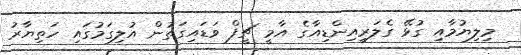
މިލިޔުމާއި ގުޅޭ ގެލަރީއިންޑިއާގެ އާމީ ޗީފް ވަޑައިގަތުން އުލިގަމުގައި ހަތިޔާރު